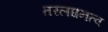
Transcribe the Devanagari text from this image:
तरलघनत्व